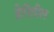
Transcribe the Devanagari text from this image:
डेरीतील